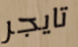
تايجر